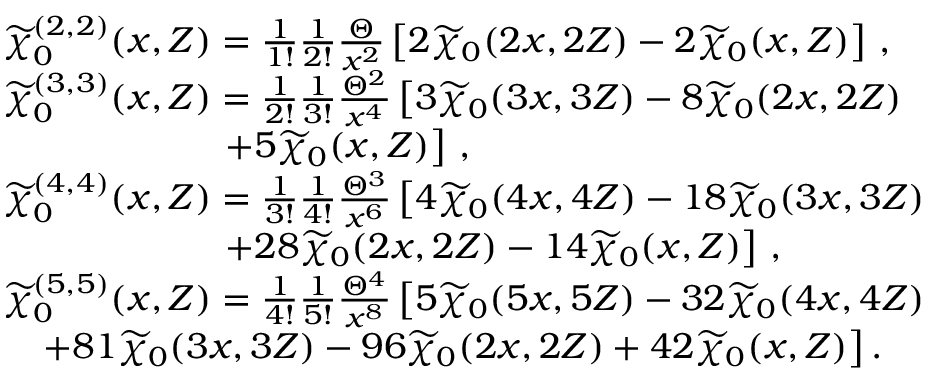
\begin{array} { r l } & { \widetilde { \chi } _ { 0 } ^ { ( 2 , 2 ) } ( \boldsymbol { x } , Z ) = \frac { 1 } { 1 ! } \frac { 1 } { 2 ! } \frac { \Theta } { x ^ { 2 } } \left[ 2 \widetilde { \chi } _ { 0 } ( 2 \boldsymbol { x } , 2 Z ) - 2 \widetilde { \chi } _ { 0 } ( \boldsymbol { x } , Z ) \right] \, , } \\ & { \widetilde { \chi } _ { 0 } ^ { ( 3 , 3 ) } ( \boldsymbol { x } , Z ) = \frac { 1 } { 2 ! } \frac { 1 } { 3 ! } \frac { \Theta ^ { 2 } } { x ^ { 4 } } \left[ 3 \widetilde { \chi } _ { 0 } ( 3 \boldsymbol { x } , 3 Z ) - 8 \widetilde { \chi } _ { 0 } ( 2 \boldsymbol { x } , 2 Z ) \right. } \\ & { \quad \quad \quad \quad \quad \quad \left. + 5 \widetilde { \chi } _ { 0 } ( \boldsymbol { x } , Z ) \right] \, , } \\ & { \widetilde { \chi } _ { 0 } ^ { ( 4 , 4 ) } ( \boldsymbol { x } , Z ) = \frac { 1 } { 3 ! } \frac { 1 } { 4 ! } \frac { \Theta ^ { 3 } } { x ^ { 6 } } \left[ 4 \widetilde { \chi } _ { 0 } ( 4 \boldsymbol { x } , 4 Z ) - 1 8 \widetilde { \chi } _ { 0 } ( 3 \boldsymbol { x } , 3 Z ) \right. } \\ & { \quad \quad \quad \quad \quad \quad \left. + 2 8 \widetilde { \chi } _ { 0 } ( 2 \boldsymbol { x } , 2 Z ) - 1 4 \widetilde { \chi } _ { 0 } ( \boldsymbol { x } , Z ) \right] \, , } \\ & { \widetilde { \chi } _ { 0 } ^ { ( 5 , 5 ) } ( \boldsymbol { x } , Z ) = \frac { 1 } { 4 ! } \frac { 1 } { 5 ! } \frac { \Theta ^ { 4 } } { x ^ { 8 } } \left[ 5 \widetilde { \chi } _ { 0 } ( 5 \boldsymbol { x } , 5 Z ) - 3 2 \widetilde { \chi } _ { 0 } ( 4 \boldsymbol { x } , 4 Z ) \right. } \\ & { \quad \left. + 8 1 \widetilde { \chi } _ { 0 } ( 3 \boldsymbol { x } , 3 Z ) - 9 6 \widetilde { \chi } _ { 0 } ( 2 \boldsymbol { x } , 2 Z ) + 4 2 \widetilde { \chi } _ { 0 } ( \boldsymbol { x } , Z ) \right] . } \end{array}